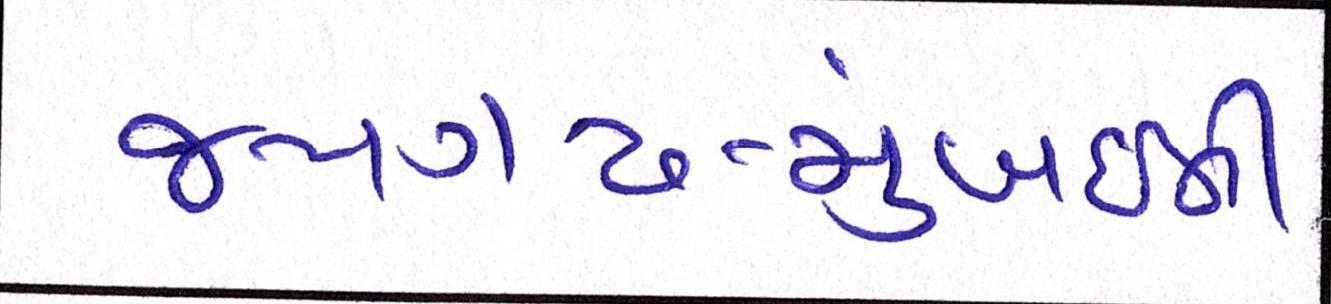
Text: જયગઢ-મુંબઈની